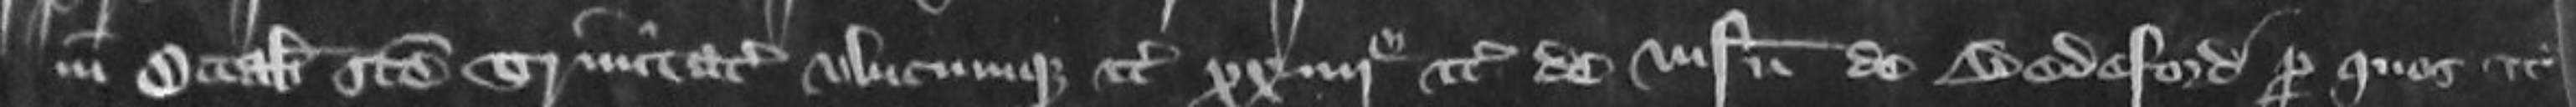
in Octabis Sancte Trinitate ubicumque etc xxiii etc de visneto de Bedeford per quos etc